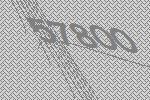
57800